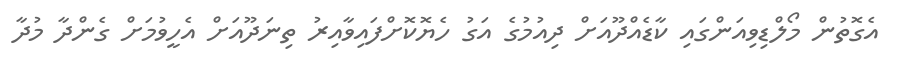
އެގޮތުން މޯލްޑިވިއަންގައި ކާޑެއްދޫއަށް ދިއުމުގެ އަގު ހެޔޮކޮށްފައިވާއިރު ތިނަދޫއަށް އެހީވުމަށް ގެންދާ މުދާ